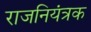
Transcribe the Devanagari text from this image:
राजनियंत्रक